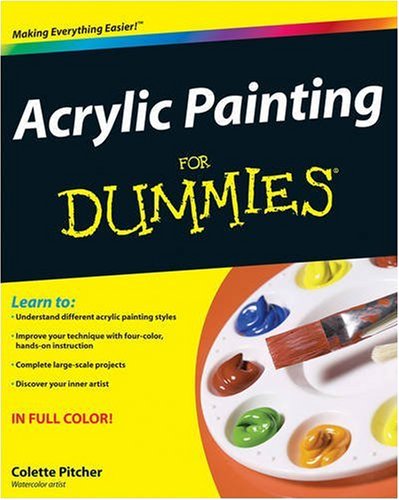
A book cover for Acrylic Painting For Dummies; Colette Pitcher; Arts & Photography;